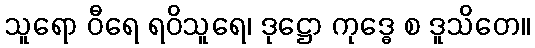
သူရော ဝီရေ ရဝိသူရေ၊ ဒုဋ္ဌော ကုဒ္ဓေ စ ဒူသိတေ။